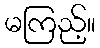
မကြည့်။